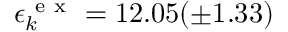
\epsilon _ { k } ^ { \mathrm { ~ e ~ x ~ } } = 1 2 . 0 5 ( \pm 1 . 3 3 )